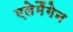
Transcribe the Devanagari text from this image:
एलेमैंगेन